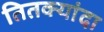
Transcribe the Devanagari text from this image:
तितक्यांदा